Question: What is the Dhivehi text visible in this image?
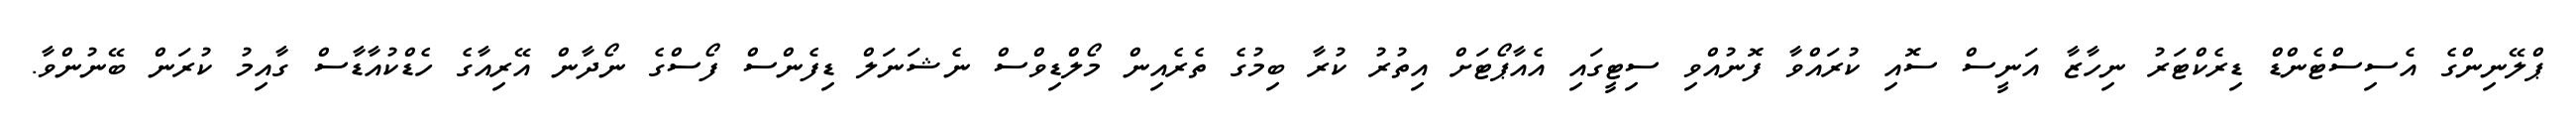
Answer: ޕްލޭނިންގެ އެސިސްޓެންޑް ޑިރެކްޓަރު ނިހާޒާ އަނީސް ސޮއި ކުރައްވާ ފޮނުއްވި ސިޓީގައި އެއާޕޯޓަށް އިތުރު ކުރާ ބިމުގެ ތެރެއިން މޯލްޑިވްސް ނެޝަނަލް ޑިފެންސް ފޯސްގެ ނޯދާން އޭރިއާގެ ހެޑްކުއާޑާސް ގާއިމު ކުރަން ބޭނުންވާ.